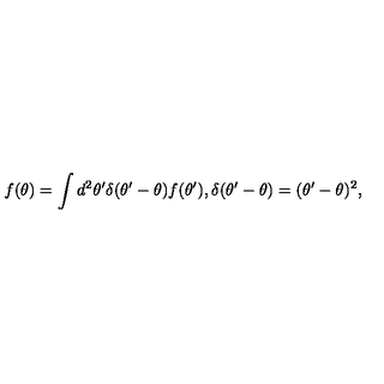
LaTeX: f ( \theta ) = \int d ^ { 2 } \theta ^ { \prime } \delta ( \theta ^ { \prime } - \theta ) f ( \theta ^ { \prime } ) , \delta ( \theta ^ { \prime } - \theta ) = ( \theta ^ { \prime } - \theta ) ^ { 2 } ,